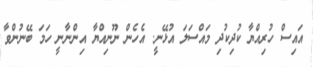
އައިސް ހުރިއްޔާ ކުދިކުދި މައްސަލަ އުޅޭނީ. އެހެން ނޫނިއްޔާ އިންނާނީ ހަމަ ބޭނުންވާ